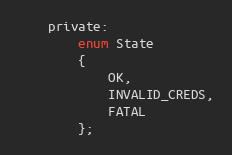
Language: C
    private:
        enum State
        {
            OK,
            INVALID_CREDS,
            FATAL
        };